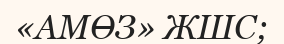
«АМӨЗ» ЖШС;